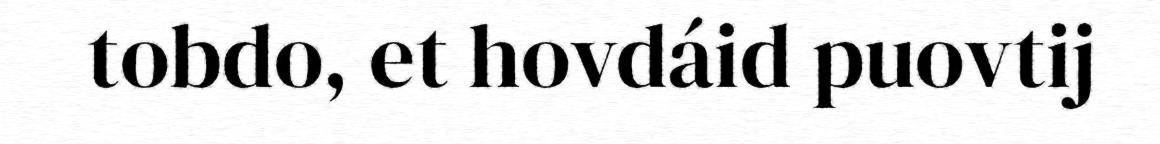
tobdo, et hovdáid puovtij